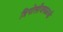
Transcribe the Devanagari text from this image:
त्रिपोलीजवळची